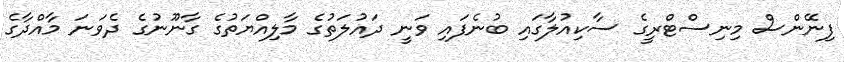
ފިނޭންސް މިނިސްޓްރީގެ ސާކިއުލާގައި ބުނެފައި ވަނީ ދައުލަތުގެ މާލިއްޔަތުގެ ގާނޫނުގެ ދެވަނަ މާއްދާގެ